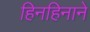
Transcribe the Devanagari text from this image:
हिनहिनाने